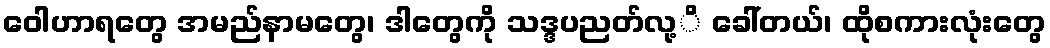
ဝေါဟာရတွေ အမည်နာမတွေ၊ ဒါတွေကို သဒ္ဒပညတ်လု့ိ ခေါ်တယ်၊ ထိုစကားလုံးတွေ